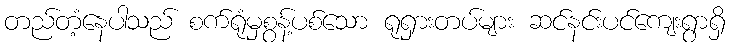
တည်တံ့နေပါသည် စက်ရုံမှစွန့်ပစ်သော ရုရှားတပ်များ ဆင်နင်းပင်ကျေးရွာရှိ